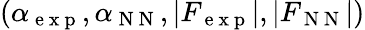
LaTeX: (\alpha_{\mathrm{~e~x~p~}},\alpha_{\mathrm{~N~N~}},|F_{\mathrm{~e~x~p~}}|,|F_{\mathrm{~N~N~}}|)